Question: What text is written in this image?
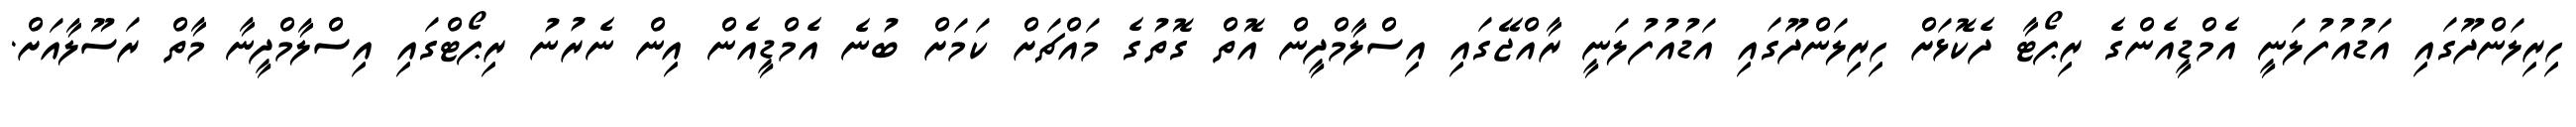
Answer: ހިރިލަންދޫގައި އަޑުއުފުލަނީ އެމްޑީއެންގެ ރިޕޯޓާ ދެކޮޅަށް ހިރިލަންދޫގައި އަޑުއުފުލަނީ ރާއްޖޭގައި އިސްލާމްދީން އޮތް ގޮތުގެ މައްޗަށް ކަމަށް ބުނެ އެމްޑީއެން އިން ނެރުނު ރިޕޯޓްގައި އިސްލާމްދީނާ މާތް ރަސޫލާއަށް.